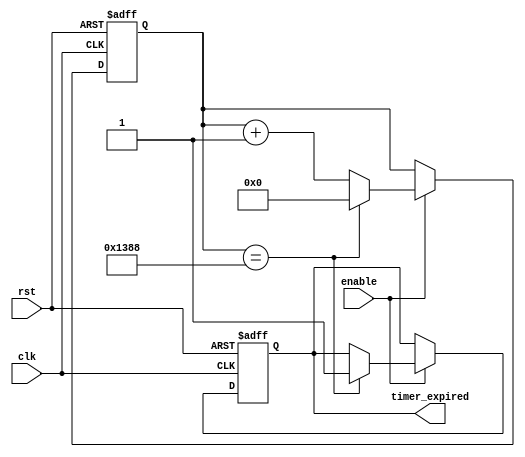
module IntervalTimer (
    input wire clk, // Clock input
    input wire rst, // Reset input
    input wire enable, // Enable signal
    output reg timer_expired // Timer expired output
);

// Parameters for counter configuration
parameter COUNTER_WIDTH = 16; // Counter width
parameter CLOCK_FREQ = 100000000; // Clock frequency (100 MHz)
parameter INTERVAL_VALUE = 5000; // Interval value

reg [COUNTER_WIDTH-1:0] counter; // Counter register

always @(posedge clk or posedge rst) begin
    if (rst) begin
        counter <= 0;
        timer_expired <= 0;
    end else begin
        if (enable) begin
           counter <= counter + 1;
           if (counter == INTERVAL_VALUE) begin
               counter <= 0;
               timer_expired <= 1;
           end
        end
    end
end

endmodule